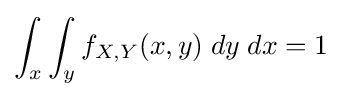
\int _{x}\int _{y}f_{X,Y}(x,y)\;dy\;dx=1